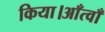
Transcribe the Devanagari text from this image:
किया।आँत्वाँ